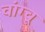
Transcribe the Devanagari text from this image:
वांग्चू